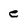
Character: e